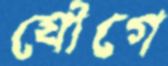
যৌগে